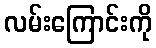
လမ်းကြောင်းကို